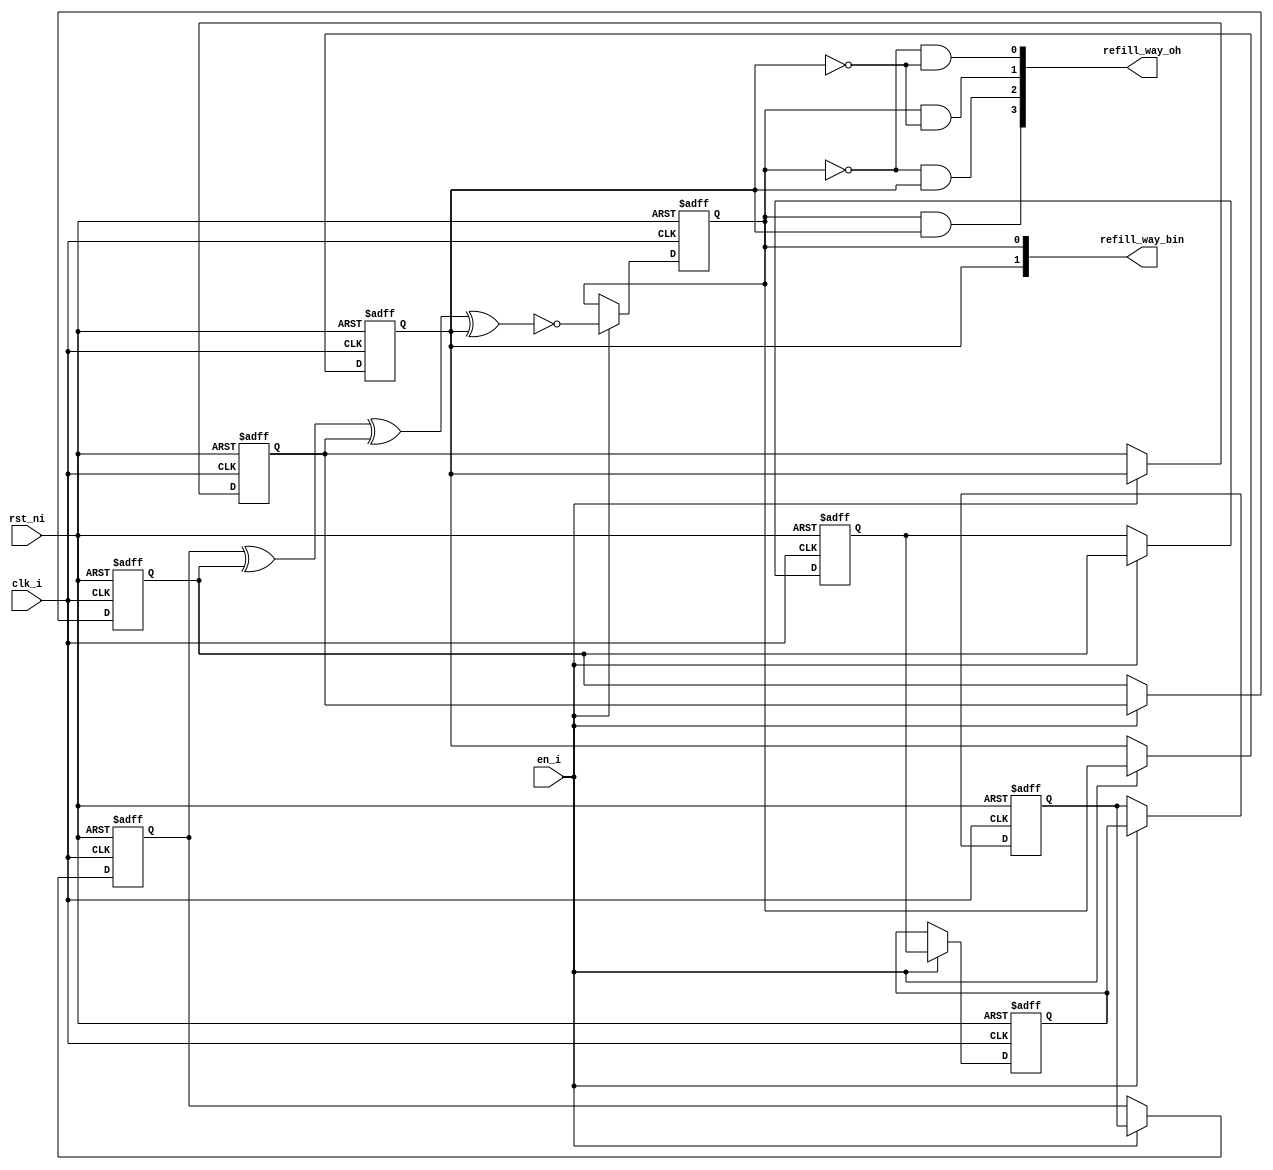
// This program was cloned from: https://github.com/NYU-MLDA/OpenABC
// License: BSD 3-Clause "New" or "Revised" License

module lfsr_8bit_00000004
(
  clk_i,
  rst_ni,
  en_i,
  refill_way_oh,
  refill_way_bin
);

  output [3:0] refill_way_oh;
  output [1:0] refill_way_bin;
  input clk_i;
  input rst_ni;
  input en_i;
  wire [3:0] refill_way_oh;
  wire N0,N1,N2,N3,N4,N5,N6,N7,N8;
  reg [7:2] shift_q;
  reg [1:0] refill_way_bin;

  always @(posedge clk_i or posedge N5) begin
    if(N5) begin
      shift_q[7] <= 1'b0;
    end else if(en_i) begin
      shift_q[7] <= shift_q[6];
    end 
  end


  always @(posedge clk_i or posedge N5) begin
    if(N5) begin
      shift_q[6] <= 1'b0;
    end else if(en_i) begin
      shift_q[6] <= shift_q[5];
    end 
  end


  always @(posedge clk_i or posedge N5) begin
    if(N5) begin
      shift_q[5] <= 1'b0;
    end else if(en_i) begin
      shift_q[5] <= shift_q[4];
    end 
  end


  always @(posedge clk_i or posedge N5) begin
    if(N5) begin
      shift_q[4] <= 1'b0;
    end else if(en_i) begin
      shift_q[4] <= shift_q[3];
    end 
  end


  always @(posedge clk_i or posedge N5) begin
    if(N5) begin
      shift_q[3] <= 1'b0;
    end else if(en_i) begin
      shift_q[3] <= shift_q[2];
    end 
  end


  always @(posedge clk_i or posedge N5) begin
    if(N5) begin
      shift_q[2] <= 1'b0;
    end else if(en_i) begin
      shift_q[2] <= refill_way_bin[1];
    end 
  end


  always @(posedge clk_i or posedge N5) begin
    if(N5) begin
      refill_way_bin[1] <= 1'b0;
    end else if(en_i) begin
      refill_way_bin[1] <= refill_way_bin[0];
    end 
  end


  always @(posedge clk_i or posedge N5) begin
    if(N5) begin
      refill_way_bin[0] <= 1'b0;
    end else if(en_i) begin
      refill_way_bin[0] <= N4;
    end 
  end

  assign refill_way_oh[3] = refill_way_bin[0] & refill_way_bin[1];
  assign refill_way_oh[2] = N0 & refill_way_bin[1];
  assign N0 = ~refill_way_bin[0];
  assign refill_way_oh[1] = refill_way_bin[0] & N1;
  assign N1 = ~refill_way_bin[1];
  assign refill_way_oh[0] = N2 & N3;
  assign N2 = ~refill_way_bin[0];
  assign N3 = ~refill_way_bin[1];
  assign N4 = ~N8;
  assign N8 = N7 ^ refill_way_bin[1];
  assign N7 = N6 ^ shift_q[2];
  assign N6 = shift_q[7] ^ shift_q[3];
  assign N5 = ~rst_ni;

endmodule